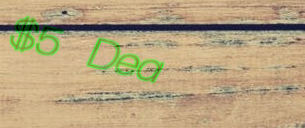
$5 Deal